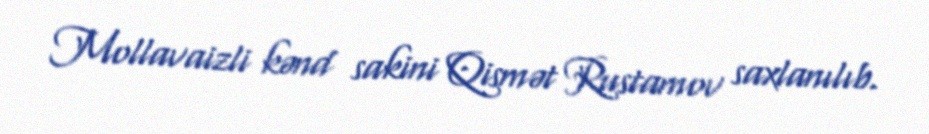
Mollavaizli kənd sakini Qismət Rustamov saxlanılıb.